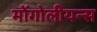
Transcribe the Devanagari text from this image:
मोंगोलीयन्स